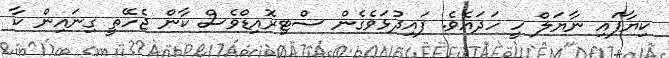
ކިޔާފައި ނާޔަލް ހީ ހަދައެވެ. ފައިދުޅަވެގެން ސްޓިރޮއިޑްވެސް ކާން ޖެހޭތީ ގިނައިން ކާ